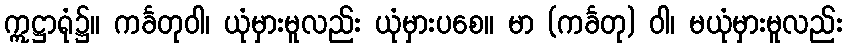
ဣဋ္ဌာရုံ၌။ ကင်္ခတုဝါ၊ ယုံမှားမူလည်း ယုံမှားပစေ။ မာ (ကင်္ခတု) ဝါ၊ မယုံမှားမူလည်း